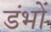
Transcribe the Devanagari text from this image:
डंभों